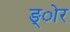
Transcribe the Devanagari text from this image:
ङ्ोर